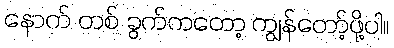
နောက် တစ် ခွက်ကတော့ ကျွန်တော့်ဖို့ပါ။